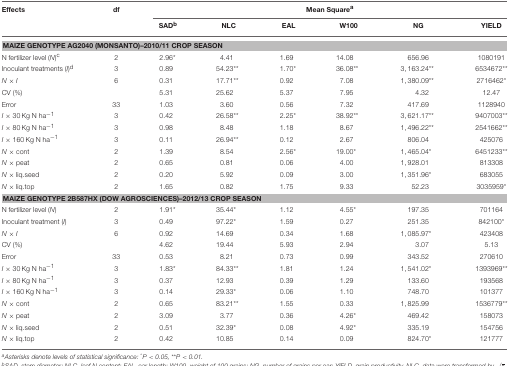
<table><thead><tr><td><b>Effects</b></td><td><b>df</b></td><td colspan="6"><b>Mean Square<sup>a</sup></b></td></tr><tr><td></td><td></td><td><b>SAD<sup>b</sup></b></td><td><b>NLC</b></td><td><b>EAL</b></td><td><b>W100</b></td><td><b>NG</b></td><td><b>YIELD</b></td></tr></thead><tbody><tr><td colspan="8"><b>MAIZE GENOTYPE AG2040 (MONSANTO)–2010/11 CROP SEASON</b></td></tr><tr><td>N fertilizer level (<i>N</i>)<sup>c</sup></td><td>2</td><td>2.96<sup>*</sup></td><td>4.41</td><td>1.69</td><td>14.08</td><td>656.96</td><td>1080191</td></tr><tr><td>Inoculant treatments (<i>I</i>)<sup>d</sup></td><td>3</td><td>0.89</td><td>54.23<sup>**</sup></td><td>1.70<sup>*</sup></td><td>36.08<sup>**</sup></td><td>3, 163.24<sup>**</sup></td><td>6534672<sup>**</sup></td></tr><tr><td><i>N</i> × <i>I</i></td><td>6</td><td>0.31</td><td>17.71<sup>**</sup></td><td>0.92</td><td>7.08</td><td>1, 380.09<sup>**</sup></td><td>2716462<sup>*</sup></td></tr><tr><td>CV (%)</td><td></td><td>5.31</td><td>25.62</td><td>5.37</td><td>7.95</td><td>4.32</td><td>12.47</td></tr><tr><td>Error</td><td>33</td><td>1.03</td><td>3.60</td><td>0.56</td><td>7.32</td><td>417.69</td><td>1128940</td></tr><tr><td><i>I</i> × 30 Kg N ha<sup>−1</sup></td><td>3</td><td>0.42</td><td>26.58<sup>**</sup></td><td>2.25<sup>*</sup></td><td>38.92<sup>**</sup></td><td>3, 621.17<sup>**</sup></td><td>9407003<sup>**</sup></td></tr><tr><td><i>I</i> × 80 Kg N ha<sup>−1</sup></td><td>3</td><td>0.98</td><td>8.48</td><td>1.18</td><td>8.67</td><td>1, 496.22<sup>**</sup></td><td>2541662<sup>**</sup></td></tr><tr><td><i>I</i> × 160 Kg N ha<sup>−1</sup></td><td>3</td><td>0.11</td><td>26.94<sup>**</sup></td><td>0.12</td><td>2.67</td><td>806.04</td><td>425076</td></tr><tr><td><i>N</i> × cont</td><td>2</td><td>1.39</td><td>8.54</td><td>2.56<sup>*</sup></td><td>19.00<sup>*</sup></td><td>1, 465.04<sup>*</sup></td><td>6451233<sup>**</sup></td></tr><tr><td><i>N</i> × peat</td><td>2</td><td>0.65</td><td>0.81</td><td>0.06</td><td>4.00</td><td>1, 928.01</td><td>813308</td></tr><tr><td><i>N</i> × liq.seed</td><td>2</td><td>0.20</td><td>5.92</td><td>0.09</td><td>3.00</td><td>1, 351.96<sup>*</sup></td><td>683055</td></tr><tr><td><i>N</i> × liq.top</td><td>2</td><td>1.65</td><td>0.82</td><td>1.75</td><td>9.33</td><td>52.23</td><td>3035959<sup>*</sup></td></tr><tr><td colspan="8"><b>MAIZE GENOTYPE 2B587HX (DOW AGROSCIENCES)–2012/13 CROP SEASON</b></td></tr><tr><td>N fertilizer level (<i>N</i>)</td><td>2</td><td>1.91<sup>*</sup></td><td>35.44<sup>*</sup></td><td>1.12</td><td>4.55<sup>*</sup></td><td>197.35</td><td>701164</td></tr><tr><td>Inoculant treatment (<i>I</i>)</td><td>3</td><td>0.49</td><td>97.22<sup>*</sup></td><td>1.59</td><td>0.27</td><td>251.35</td><td>842100<sup>*</sup></td></tr><tr><td><i>N</i> × <i>I</i></td><td>6</td><td>0.92</td><td>14.69</td><td>0.34</td><td>1.68</td><td>1, 085.97<sup>*</sup></td><td>423408</td></tr><tr><td>CV (%)</td><td></td><td>4.62</td><td>19.44</td><td>5.93</td><td>2.94</td><td>3.07</td><td>5.13</td></tr><tr><td>Error</td><td>33</td><td>0.53</td><td>8.21</td><td>0.73</td><td>0.99</td><td>343.52</td><td>270610</td></tr><tr><td><i>I</i> × 30 Kg N ha<sup>−1</sup></td><td>3</td><td>1.83<sup>*</sup></td><td>84.33<sup>**</sup></td><td>1.81</td><td>1.24</td><td>1, 541.02<sup>*</sup></td><td>1393969<sup>**</sup></td></tr><tr><td><i>I</i> × 80 Kg N ha<sup>−1</sup></td><td>3</td><td>0.37</td><td>12.93</td><td>0.39</td><td>1.29</td><td>133.60</td><td>193568</td></tr><tr><td><i>I</i> × 160 Kg N ha<sup>−1</sup></td><td>3</td><td>0.14</td><td>29.33<sup>*</sup></td><td>0.06</td><td>1.10</td><td>748.70</td><td>101377</td></tr><tr><td><i>N</i> × cont</td><td>2</td><td>0.65</td><td>83.21<sup>**</sup></td><td>1.55</td><td>0.33</td><td>1, 825.99</td><td>1536779<sup>**</sup></td></tr><tr><td><i>N</i> × peat</td><td>2</td><td>3.09</td><td>3.77</td><td>0.36</td><td>4.26<sup>*</sup></td><td>469.42</td><td>158073</td></tr><tr><td><i>N</i> × liq.seed</td><td>2</td><td>0.51</td><td>32.39<sup>*</sup></td><td>0.08</td><td>4.92<sup>*</sup></td><td>335.19</td><td>154756</td></tr><tr><td><i>N</i> × liq.top</td><td>2</td><td>0.42</td><td>10.85</td><td>0.14</td><td>0.09</td><td>824.70<sup>*</sup></td><td>121777</td></tr></tbody></table>